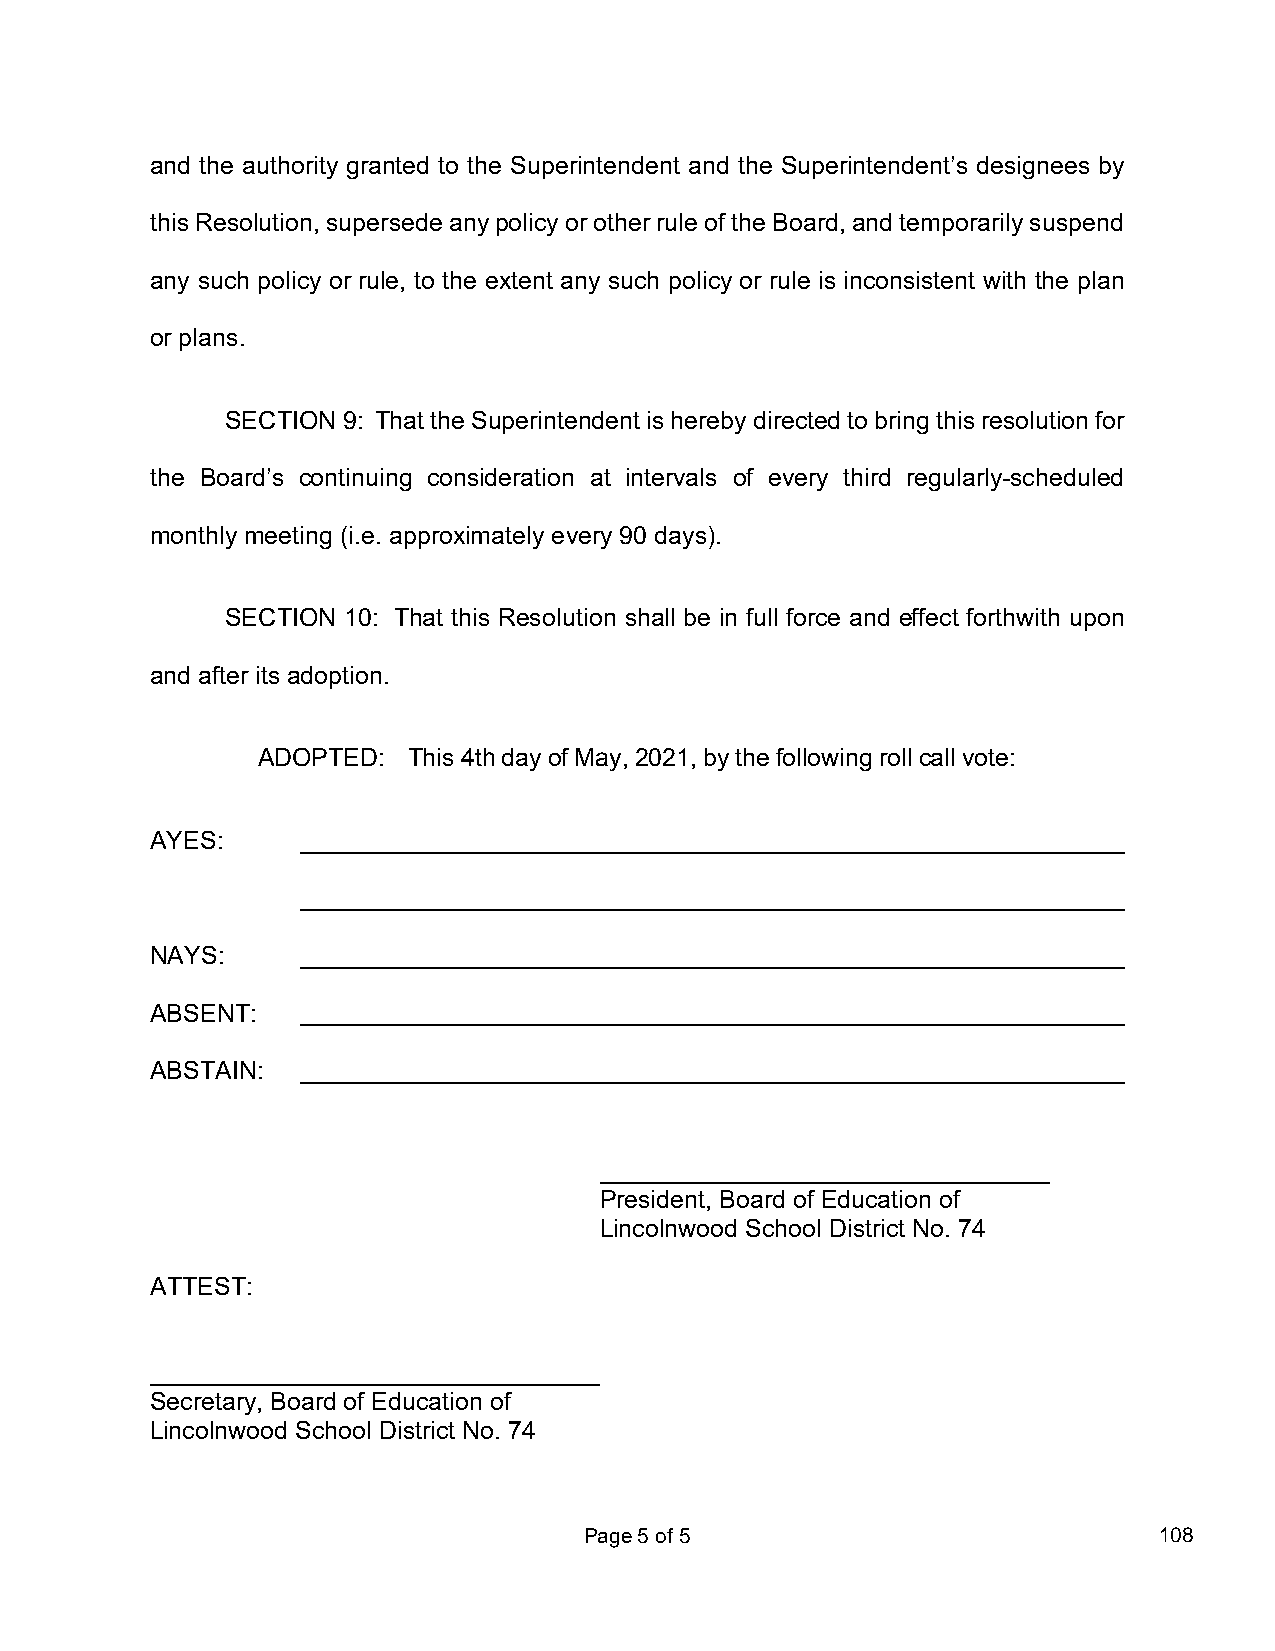
and the authority granted to the Superintendent and the Superintendent’s designees by
 this Resolution, supersede any policy or other rule of the Board, and temporarily suspend
 any such policy or rule, to the extent any such policy or rule is inconsistent with the plan
 or plans.
 SECTION 9: That the Superintendent is hereby directed to bring this resolution for
 the Board’s continuing consideration at intervals of every third regularly-scheduled
 monthly meeting (i.e. approximately every 90 days).
 SECTION 10: That this Resolution shall be in full force and effect forthwith upon
 and after its adoption.
 ADOPTED:  This 4th day of May, 2021, by the following roll call vote:
 AYES:
 NAYS:
 ABSENT:
 ABSTAIN:
 President, Board of Education of
 Lincolnwood School District No. 74
 ATTEST:
 Secretary, Board of Education of
 Lincolnwood School District No. 74
 Page 5 of 5                           108